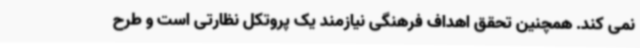
نمی کند. همچنین تحقق اهداف فرهنگی نیازمند یک پروتکل نظارتی است و طرح